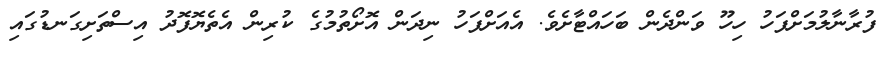
ފުރާނާލުމަށްފަހު ހިހޫ ވަންދެން ބަހައްޓާށެވެ. އެއަށްފަހު ނިދަން އޮށޯތުމުގެ ކުރިން އެތެޔޮފޮދު އިސްތަށިގަނޑުގައި